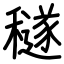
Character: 穟